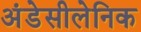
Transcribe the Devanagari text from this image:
अंडेसीलेनिक